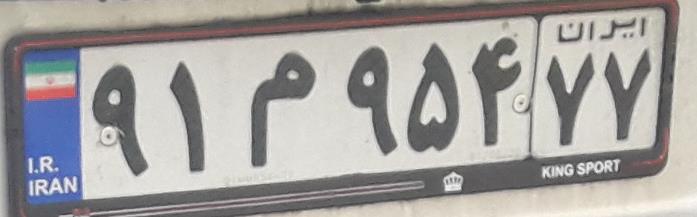
۹۱م۹۵۴۷۷